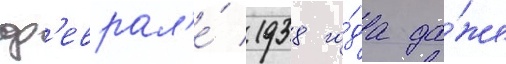
ф'еврал'е́ 1938 го́да да́же